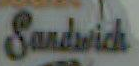
Sandwich